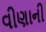
વીણાની